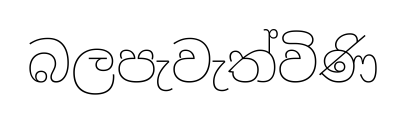
බලපැවැත්විණි